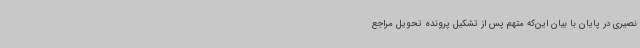
نصیری در پایان با بیان این‌که متهم پس از تشکیل پرونده تحویل مراجع